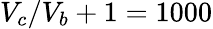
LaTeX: V_{c}/V_{b}+1=1000